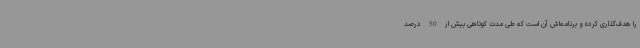
را هدف‌گذاری کرده و برنامه‌اش آن است که طی مدت کوتاهی بیش از 50 درصد